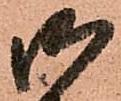
御